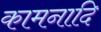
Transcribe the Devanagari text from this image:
कामनादि